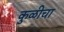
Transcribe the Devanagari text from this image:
कुळीचा